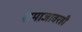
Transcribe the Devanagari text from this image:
समाजावरही